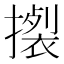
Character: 𢴴